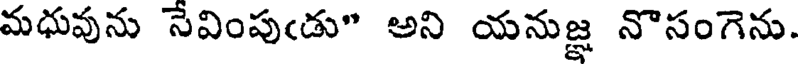
మధువును సేవింపుఁడు" అని యనుజ్ఞ నొసంగెను.